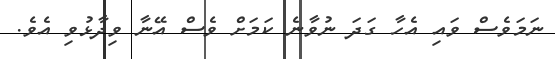
ނަމަވެސް ވައި އެހާ ގަދަ ނުވާނެ ކަމަށް ވެސް އޭނާ ވިދާޅުވި އެވެ.